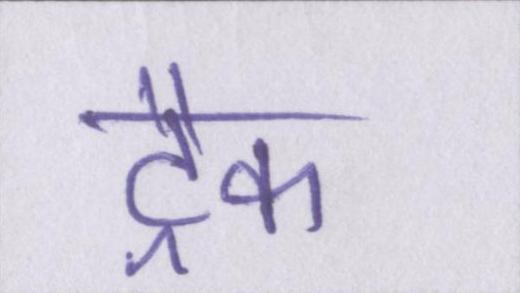
ट्रैक